Lunatic asylums United Provinces 1909-1921 - 1909-1921
Year: 1909
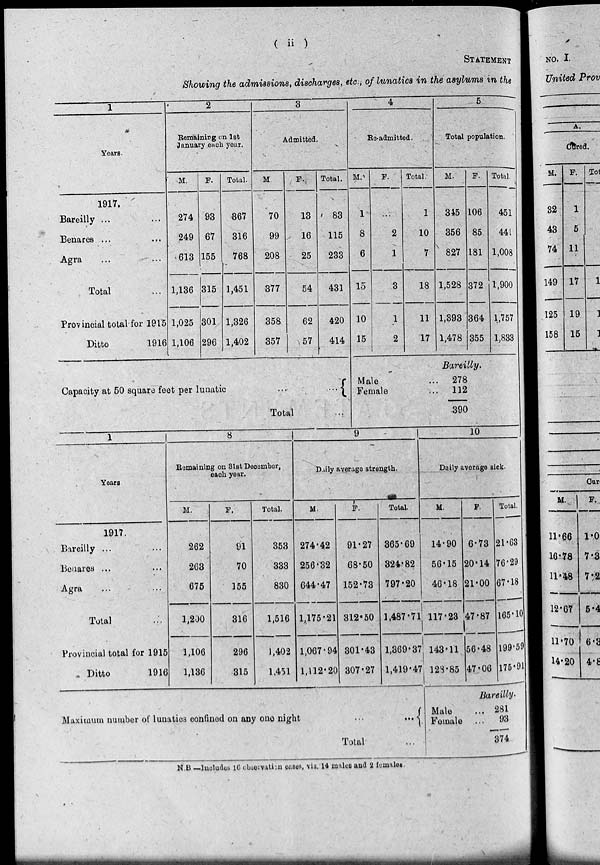
( ii )
STATEMENT
Showing the admissions, discharges, etc., of lunatics in the asylums in the
1
Years.
1917.
Bareilly ... ...
Benares ... ...
Agra ... ...
Total ...
Provincial total for 1915
Ditto
1916
2
Remaining on 1st
January each year.
M.
274
249
613
1,136
1,025
1,106
F.
93
67
155
315
301
296
Total.
367
316
768
1,451
1,326
1,402
3
Admitted.
M.
70
99
208
377
358
357
F.
13
16
25
54
62
57
Total.
83
115
233
431
420
414
Capacity at 50 square feet per lunatic
...
...
Total ...
4
Re-admitted.
M.
1
8
6
15
10
15
F.
...
2
1
3
1
2
Total.
1
10
7
18
11
17
5
Total population.
M.
345
356
827
1,528
1,393
1,478
F.
106
85
181
372
364
355
Bareilly.
Male ...
Female ...
278
112
390
Total.
451
441
1,008
1,900
1,757
1,833
1
Years
1917.
Bareilly ... ...
Benares ... ...
Agra ... ...
Total ...
Provincial total for 1915
Ditto
1916
8
Remaining on 31st December,
each year.
M.
262
263
675
1,200
1,106
1,136
F.
91
70
155
316
296
315
Total.
353
333
830
1,516
1,402
1,451
9
Daily average strength.
M.
274.42
256.32
644.47
1,175.21
1,067.94
1,112.20
F.
91.27
68.50
152.73
312.50
301.43
307.27
Total.
365.69
324.82
797.20
1,487.7l
1,369.37
1,419.47
Maximum number of lunatics confined on any one night
...
...
Total ...
10
Daily average sick.
M.
14.90
56.15
46.18
117.23
143.11
128.85
F.
6.73
20.14
21.00
47.87
56.48
47.06
Total.
21.63
76.29
67.18
165.10
199.59
175.91
Bareilly.
Male ...
Female ...
281
93
374
N.B.—Includes 16 observation cases, viz. 14 males and 2 females.